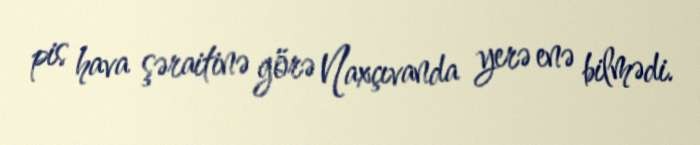
pis hava şəraitinə görə Naxçıvanda yerə enə bilmədi.